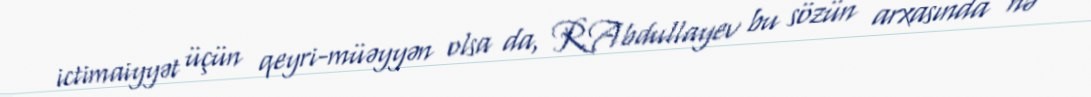
ictimaiyyət üçün qeyri-müəyyən olsa da, R.Abdullayev bu sözün arxasında nə